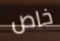
خاص